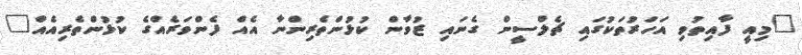
"މިއީ ފާއިތުވި އަހަރުތަކުގައި ޗެލްސީން ގެނައި ޒުވާން ކުޅުންތެރިންނާ އެއް ފެންވަރެއްގެ ކުޅުންތެރިއެއް"